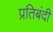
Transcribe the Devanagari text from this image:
प्रतिबंदी